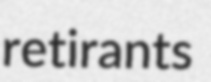
retirants